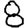
Digit: 8